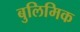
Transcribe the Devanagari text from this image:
बुलिमिक